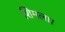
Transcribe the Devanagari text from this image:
शिमला।